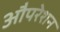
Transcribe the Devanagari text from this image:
औपरेशन